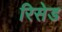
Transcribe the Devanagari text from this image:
रिसेड